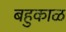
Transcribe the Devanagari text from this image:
बहुकाळ